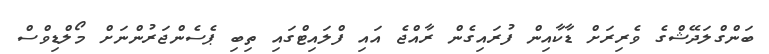
ބަންގްލަދޭޝްގެ ވެރިރަށް ޑާކާއިން ފުރައިގެން ރާއްޖެ އައި ފްލައިޓްގައި ތިބި ޕެސެންޖަރުންނަށް މޯލްޑިވްސް